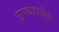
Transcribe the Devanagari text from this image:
ठाण्यापर्यंत